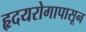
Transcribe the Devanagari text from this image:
हृदयरोगापासून